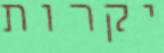
יקרות